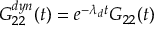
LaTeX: G _ { 2 2 } ^ { d y n } ( t ) = e ^ { - \lambda _ { d } t } G _ { 2 2 } ( t )